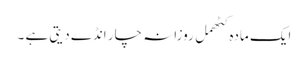
ایک مادہ کٹھمل روزانہ چار انڈے دیتی ہے ۔